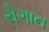
રોગાન